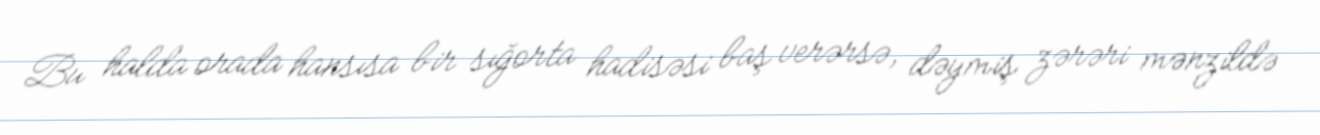
Bu halda orada hansısa bir sığorta hadisəsi baş verərsə, dəymiş zərəri mənzildə